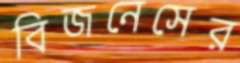
বিজনেসের